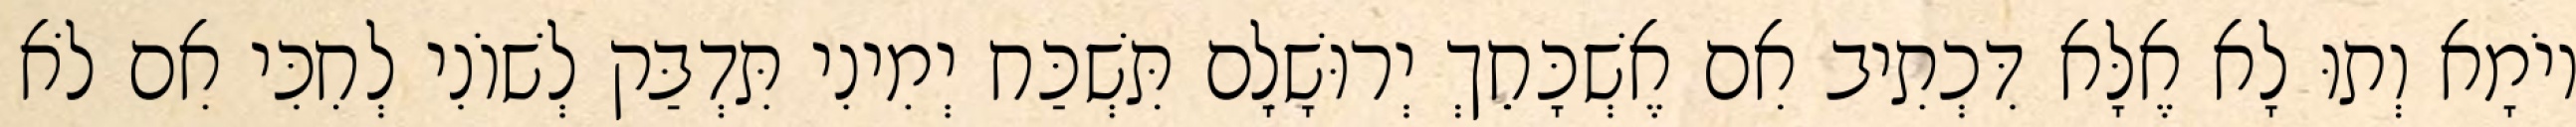
יוֹמָא וְתוּ לָא אֶלָּא דִּכְתִיב אִם אֶשְׁכָּחֵךְ יְרוּשָׁלִָם תִּשְׁכַּח יְמִינִי תִּדְבַּק לְשׁוֹנִי לְחִכִּי אִם לֹא